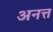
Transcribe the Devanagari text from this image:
अनत्त